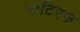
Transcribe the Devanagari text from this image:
नाटिएज़